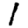
Digit: 1